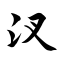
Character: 汊